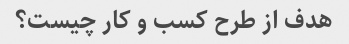
هدف از طرح کسب و کار چیست؟